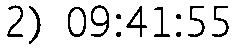
2) 09:41:55